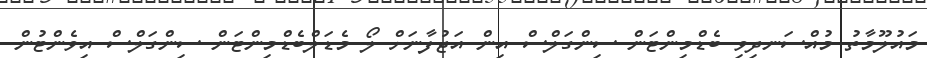
މައުލޫމާތު މުއްސަނދިވި ބެޑްމިންޓަން ސިންގަލްސް އިން އަޖުފާނަށް ލޯ މެޑަލްބެޑްމިންޓަން ސިންގަލްސް އިވެންޓުން